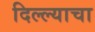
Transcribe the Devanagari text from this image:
दिल्ल्याचा